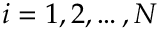
i = 1 , 2 , \dots , N